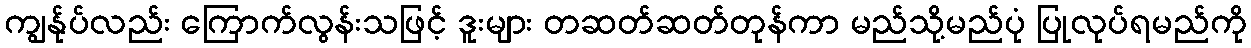
ကျွန်ုပ်လည်း ကြောက်လွန်းသဖြင့် ဒူးများ တဆတ်ဆတ်တုန်ကာ မည်သို့မည်ပုံ ပြုလုပ်ရမည်ကို